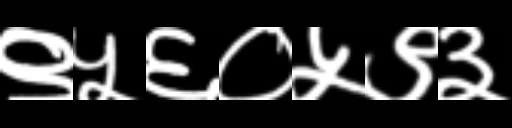
Text: ९५६०५९३